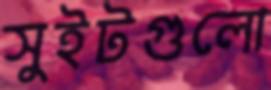
সুইটগুলো